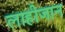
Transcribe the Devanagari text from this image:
लाहीजान